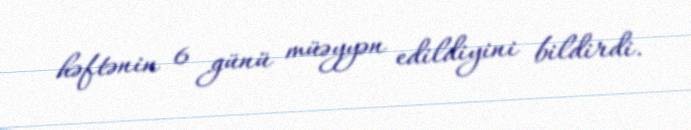
həftənin 6 günü müəyyən edildiyini bildirdi.